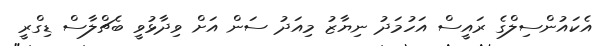
އެކައުންސިލްގެ ރައީސް އަހުމަދު ނިޔާޒު މިއަދު ސަން އަށް ވިދާޅުވީ ބެޗްލާސް ޑިގްރީ